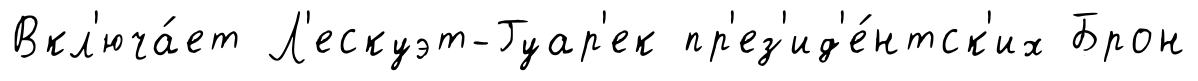
Вкл'юча́ет Л'ескуэт-Гуар'ек пр'ез'ид'е́нтск'их Брон